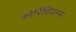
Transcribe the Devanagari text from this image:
कोरिंथियन्स